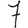
Digit: 7